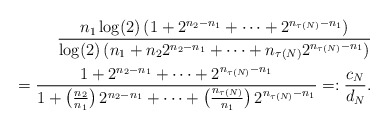
\begin{align*}\frac{n_{1}\log (2)\, (1+2^{n_{2}-n_{1}}+\cdots+2^{n_{\tau(N)}-n_{1}})}{\log (2)\, (n_{1}+n_{2} 2^{n_{2}-n_{1}}+\cdots+n_{\tau(N)} 2^{n_{\tau(N)}-n_{1}})}\\=\frac{1+2^{n_{2}-n_{1}}+\cdots+2^{n_{\tau(N)}-n_{1}}}{1+\big(\frac{n_{2}}{n_{1}}\big)\,2^{n_{2}-n_{1}}+\cdots+\big(\frac{n_{\tau(N)}}{n_{1}}\big)\,2^{n_{\tau(N)}-n_{1}}}=:\frac{c_{N}}{d_{N}}.\end{align*}